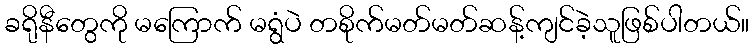
ခရိုနီတွေကို မကြောက် မရွံပဲ တစိုက်မတ်မတ်ဆန့်ကျင်ခဲ့သူဖြစ်ပါတယ်။